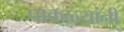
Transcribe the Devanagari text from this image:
पाकळ्यांनी